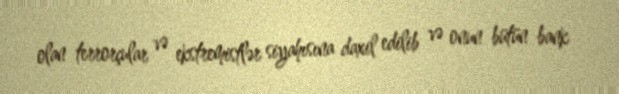
olan terrorçular və ekstremistlər siyahısına daxil edilib və onun bütün bank